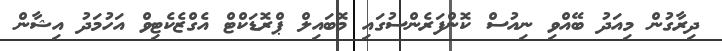
ދިރާގުން މިއަދު ބޭއްވި ނިއުސް ކޮންފަރެންސުގައި މޮބައިލް ޕްރޮޑަކްޓް އެގްޒެކެޓިވް އަހުމަދު އިޝާން